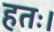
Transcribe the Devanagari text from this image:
हतः।